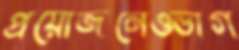
প্রয়োজনেওভাগ